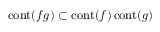
\operatorname { c o n t } ( f g ) \subset \operatorname { c o n t } ( f ) \operatorname { c o n t } ( g )